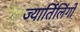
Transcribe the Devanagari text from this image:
ज्यार्तिलिंगों